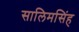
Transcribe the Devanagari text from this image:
सालिमसिंह